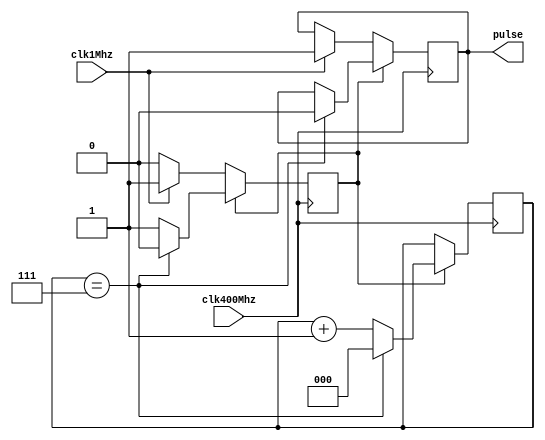
module pulse(
	input wire clk400Mhz,
	input wire clk1Mhz,
	output reg pulse
);

reg [2:0] count; // 8 bit counter for dead time:60ns, pulse width:2ns
reg Up_pulse;



initial begin
    Up_pulse = 0;
    count = 3'b000;
	 pulse <= 0;
end

always@ (posedge clk400Mhz) begin
	if(Up_pulse) begin 
		if(count==3'b111) begin
			pulse <= 0;
			count <= 0;
			Up_pulse <= 0;
		end else begin
			count <= count + 1;
		end
	end
	else if(clk1Mhz) begin 
		pulse <= 1;
		Up_pulse <= 1;
	end

end

endmodule